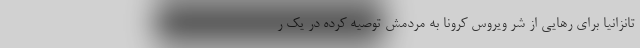
تانزانیا برای رهایی از شر ویروس کرونا به مردمش توصیه کرده در یک ر